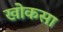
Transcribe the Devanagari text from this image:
खोकसा